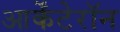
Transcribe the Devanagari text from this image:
आर्केंटेरॉन